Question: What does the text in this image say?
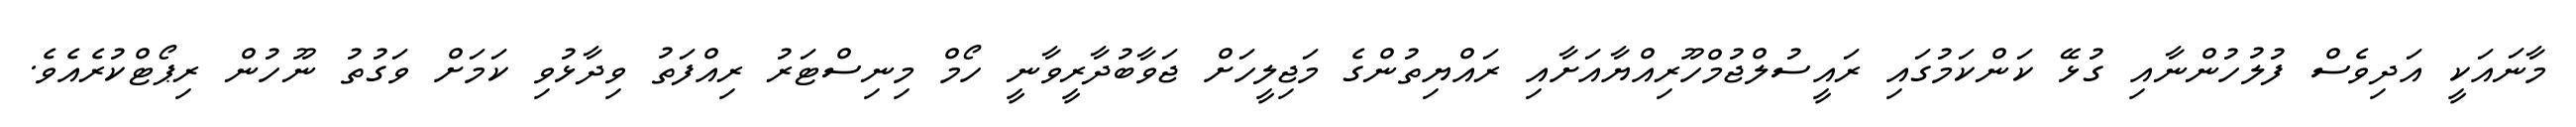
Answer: މާނައަކީ އަދިވެސް ފުލުހުންނާއި ގުޅޭ ކަންކަމުގައި ރައީސުލްޖުމްހޫރިއްޔާއަށާއި ރައްޔިތުންގެ މަޖިލީހަށް ޖަވާބުދާރީވާނީ ހޯމް މިނިސްޓަރު ރިއްފަތު ވިދާޅުވި ކަމަށް ވަގުތު ނޫހުން ރިޕޯޓްކުރެއެވެ.